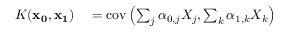
\begin{array} { r l } { K ( \mathbf { x _ { 0 } } , \mathbf { x _ { 1 } } ) } & { { } = \mathrm { c o v } \left( \sum _ { j } \alpha _ { 0 , j } X _ { j } , \sum _ { k } \alpha _ { 1 , k } X _ { k } \right) } \end{array}